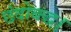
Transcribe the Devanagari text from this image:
छंदोबद्ध।